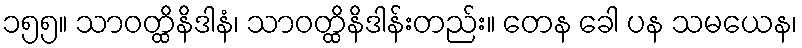
၁၅၅။ သာဝတ္ထိနိဒါနံ၊ သာဝတ္ထိနိဒါန်းတည်း။ တေန ခေါ ပန သမယေန၊